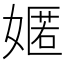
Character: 嫟